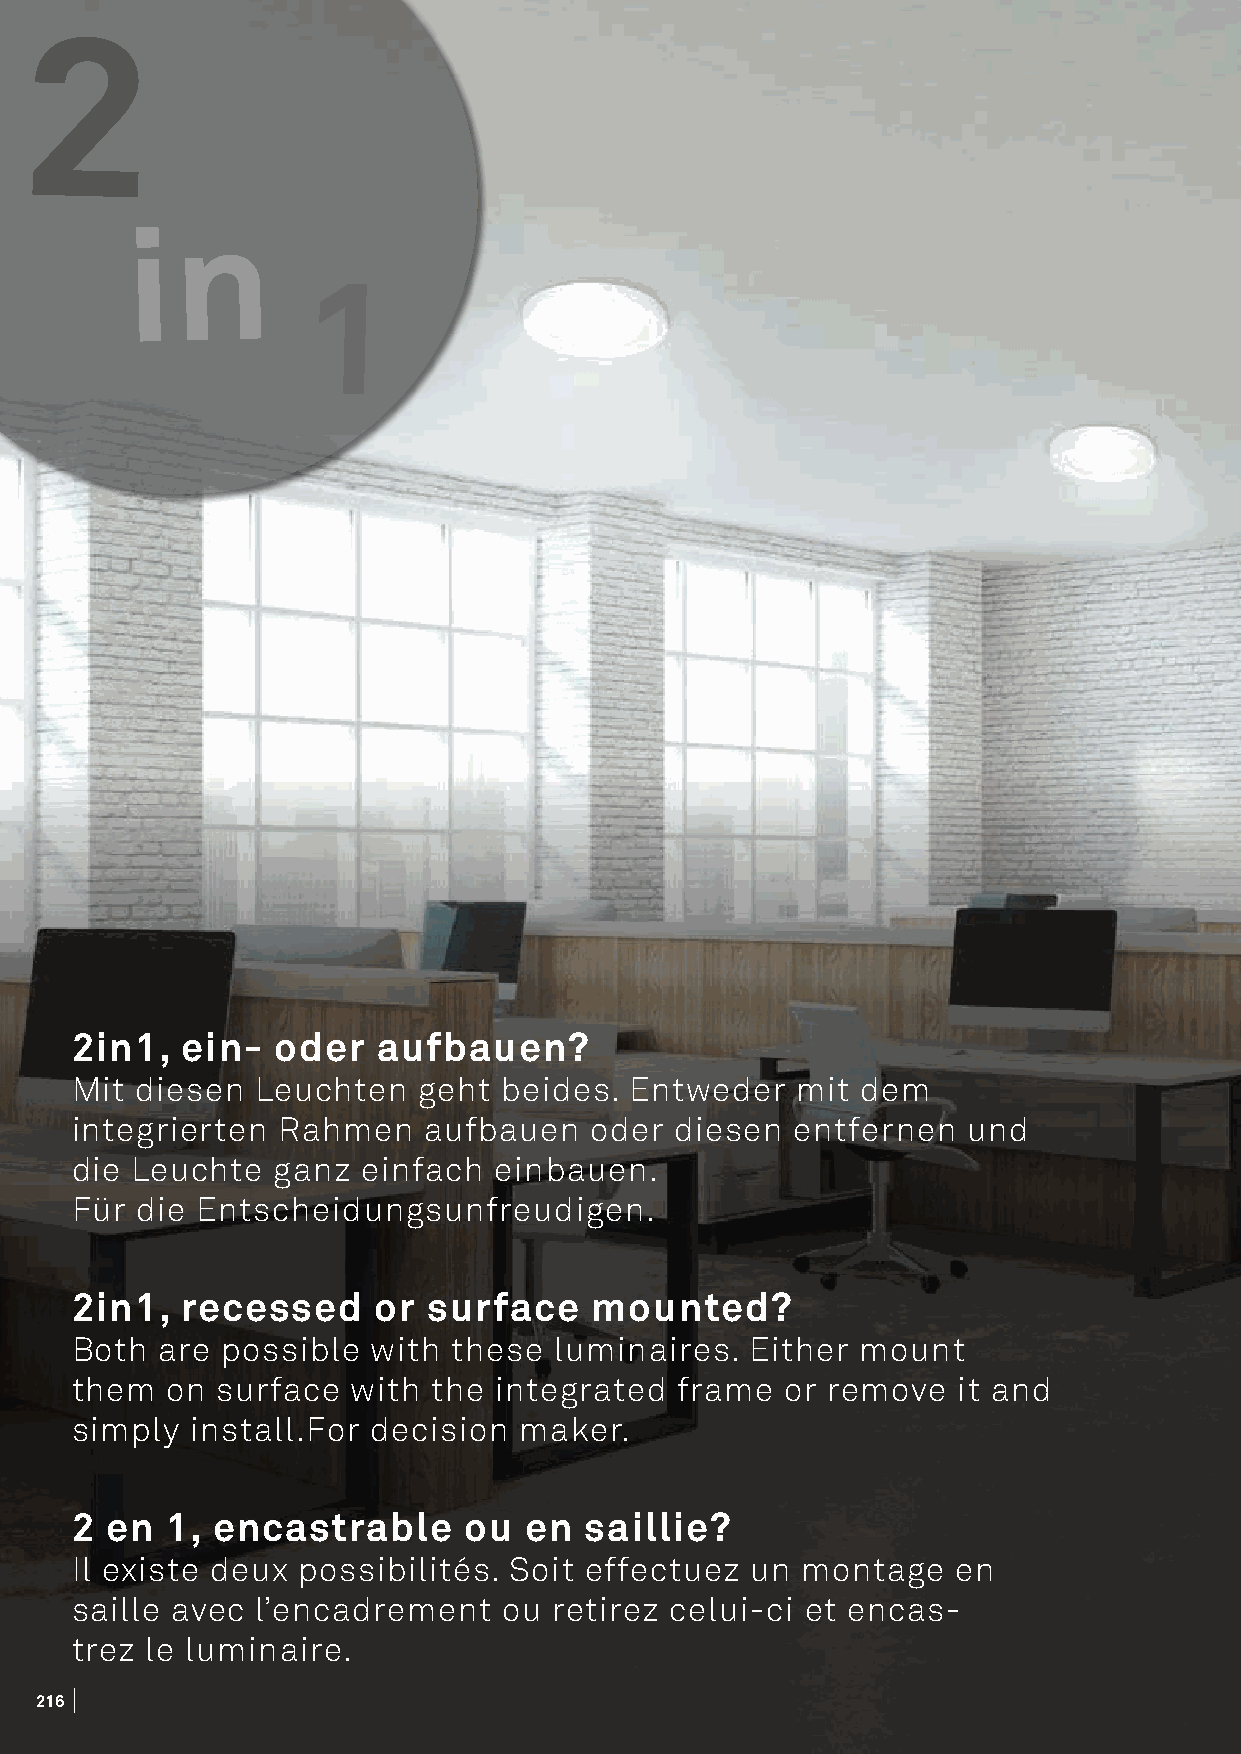
2
 in
 1
 2in1,  ein-  oder   aufbauen?
 Mit diesen  Leuchten   geht beides.  Entweder   mit dem
 integrierten Rahmen    aufbauen   oder  diesen  entfernen  und
 die Leuchte  ganz  einfach  einbauen.
 Für die Entscheidungsunfreudigen.
 2in1,  recessed     or surface    mounted?
 Both  are possible  with these  luminaires.  Either mount
 them  on surface  with  the integrated  frame  or remove  it and
 simply  install.For decision maker.
 2 en  1, encastrable      ou  en  saillie?
 Il existe deux possibilités. Soit effectuez  un montage   en
 saille avec l’encadrement   ou  retirez celui-ci et encas-
 trez le luminaire.
 221166